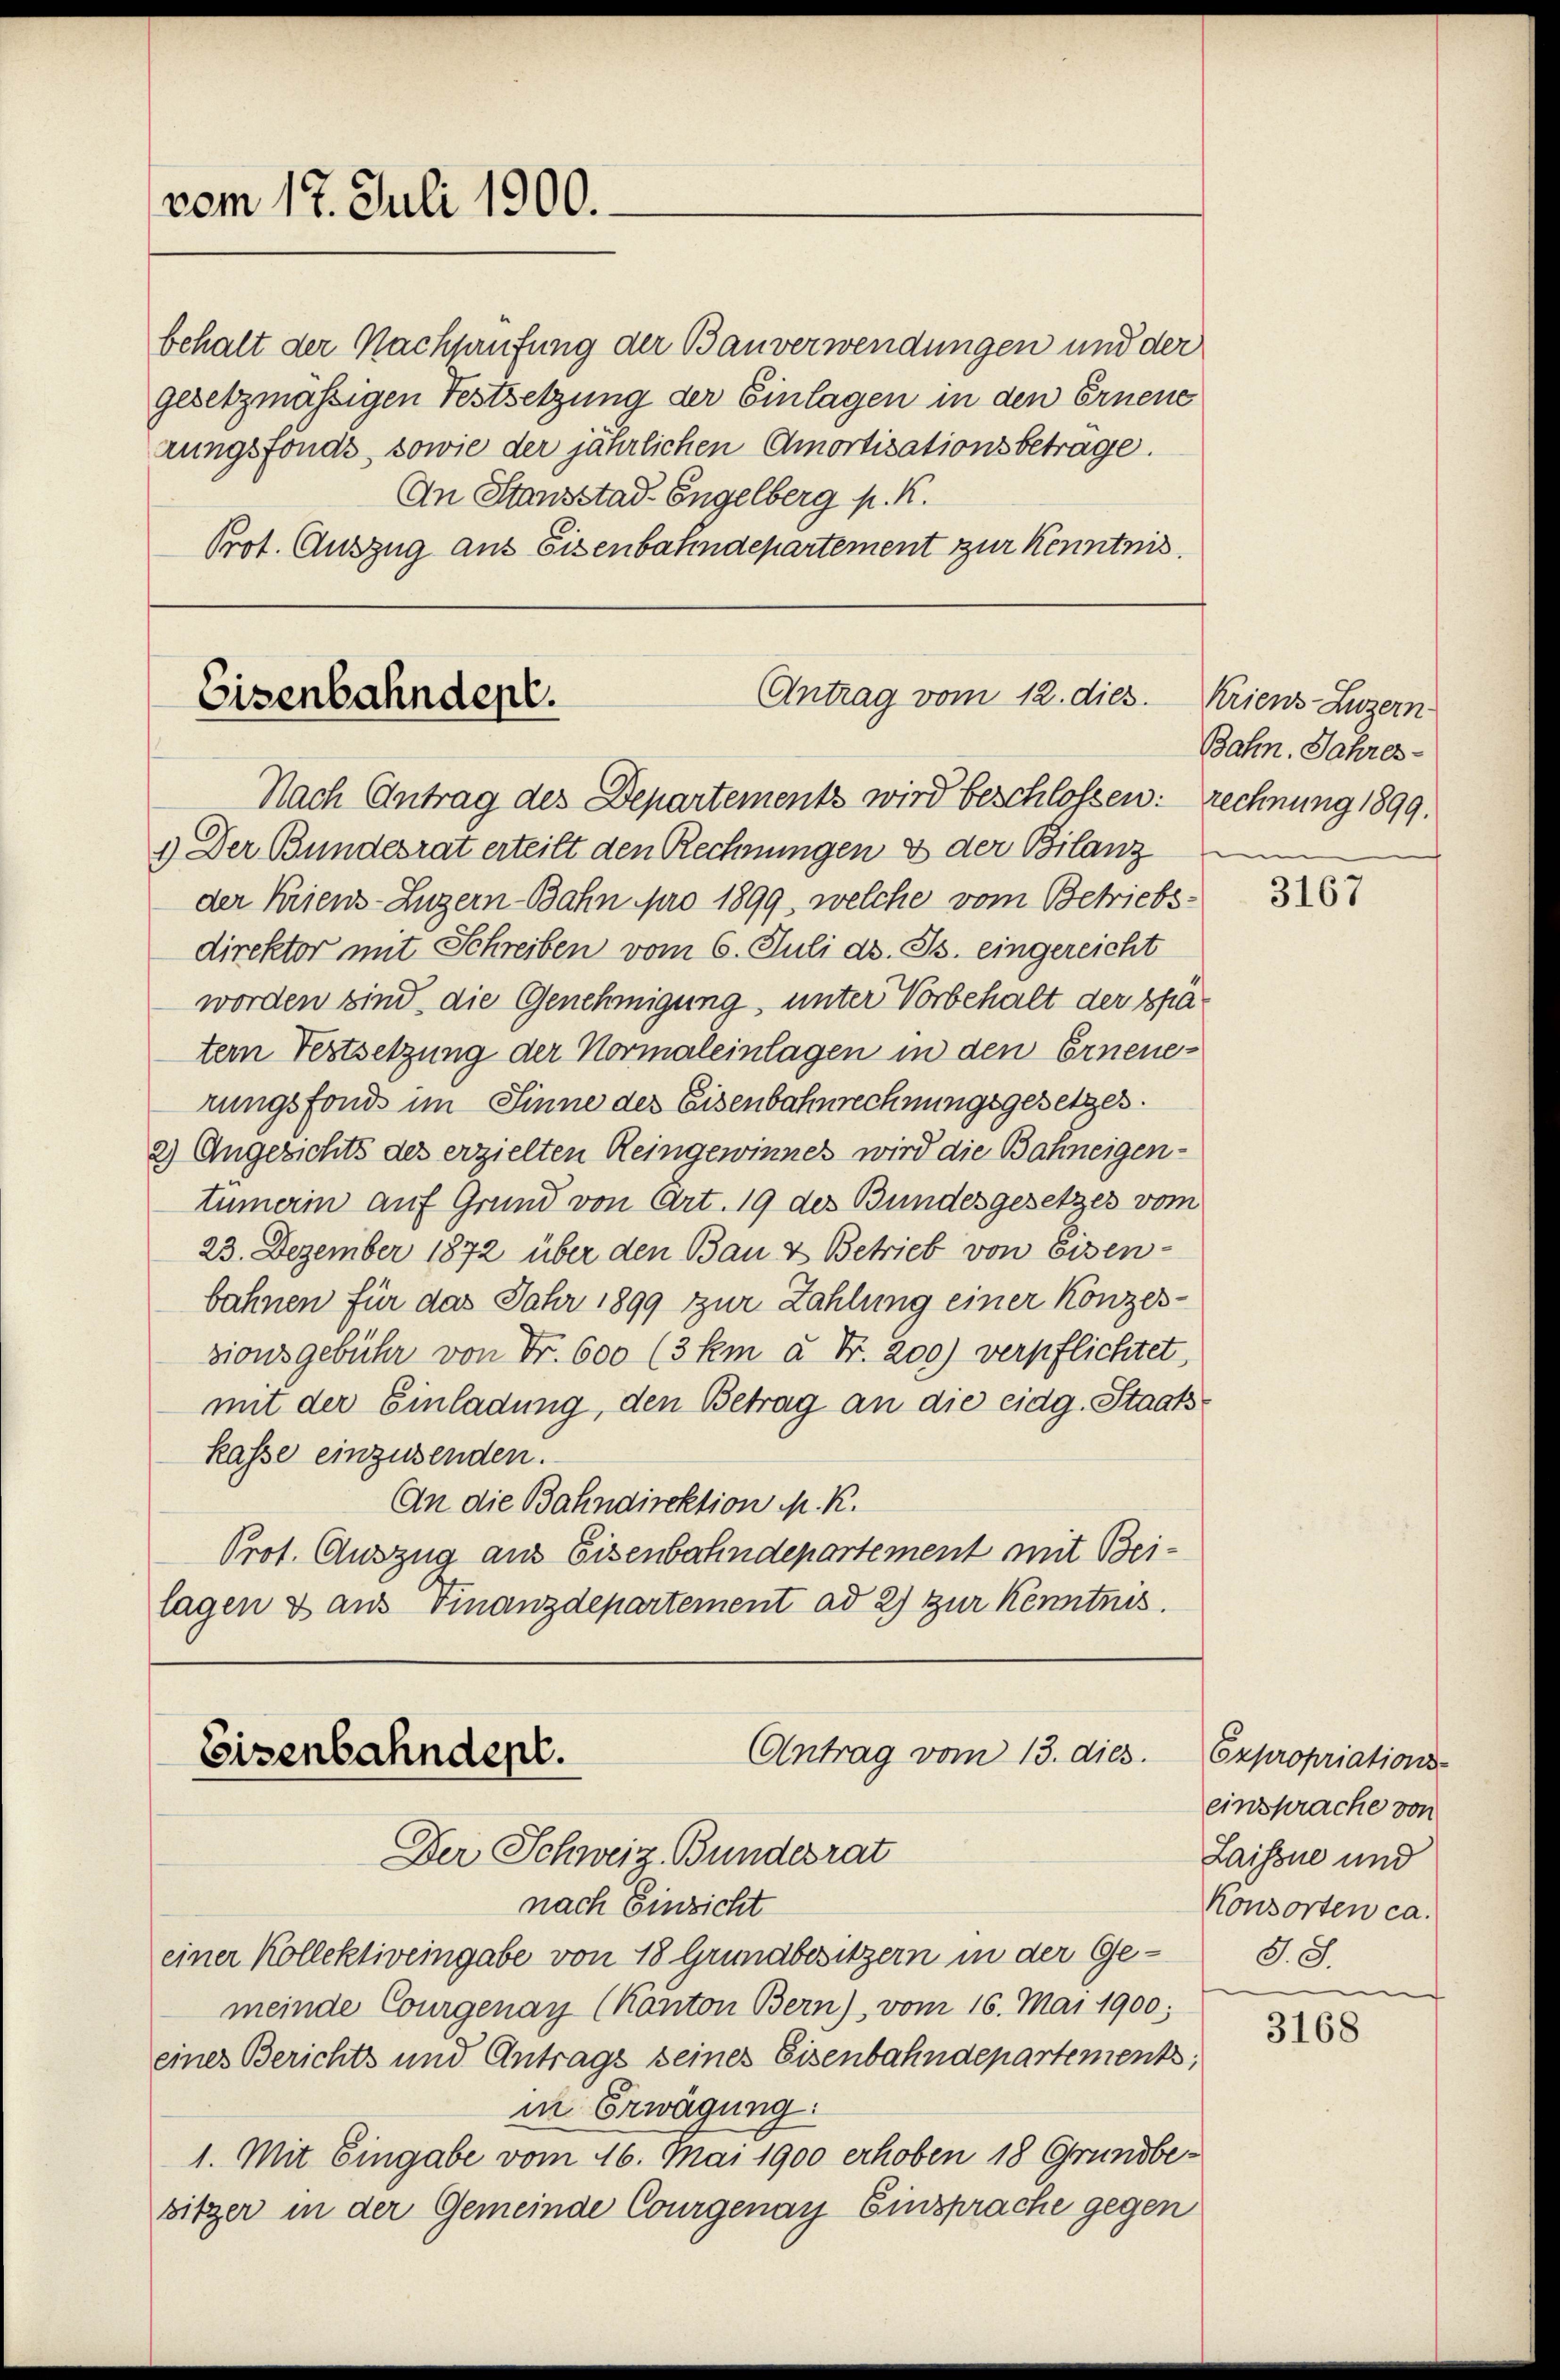
vom 17. Juli 1900.

behalt der Nachsaufung der Bauverwendungen und der
gesetzmäßigen Festsetzung der Einlagen in den Ernene
rungsfonds, sowie der jährlichen Amortisationsbetrage.
An Stausstad. Engelberg p. K.
Prot. Auszug aus Eisenbahndepartement zur Kenntnis

Antrag vom 12. dies
Eisenbahndept.
Nach Antrag des Departements wird beschlossen: rechnung 1899.

1.) Der Bundesrat erteilt den Rechnungen & der Bilanz
der Kriens-Luzern-Bahn pro 1899, welche vom Betriebsdirektor mit Schreiben vom 6. Juli d. Js. eingereicht
worden sind, die Genehmigung, unter Vorbehalt der spätern Festsetzung der Normaleinlagen in den Erneuerungsfonds im Sinne des Eisenbahnrechnungsgesetzes.
2) Angesichts des erzielten Reingewinnes wird die Bahneigen-
tümerin auf Grund von Art. 19 des Bundesgesetzes vom
23. Dezember 1872 über den Bau & Betrieb von Eisen-
bahnen für das Jahr 1899 zur Zahlung einer Konzessionsgebühr von Fr. 600 (3 km u. Fr. 200) verpflichtet,
mit der Einladung, den Betrag an die eidg. Staatskasse einzusenden.
An die Bahndirektion M. R.
Prot. Auszug aus Eisenbahndepartement mit Beilagen & aus Finanzdepartement ad 2) zur Kenntnis.

Antrag vom 13. dies.
Eisenbahndept.
Der Schweiz. Bundesrat

nach Einricht
einer Kollektiveingabe von 18 Grundbesitzern in der Gemeinde Courgenau (Kanton Bern), vom 16. Mai 1900;
eines Berichts und Antrags seines Eisenbahndepartements,
in Erwägung:
1. Mit Eingabe vom 16. Mai 1900 erhoben 18 Grundbesitzer in der Gemeinde Courgenay Einsprache gegen

Kriens Luzern
Bahn. Jahres¬

3167

Expropriations-
einsprache von
Laissne und
Konsorten ca.
S. S.

3168